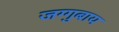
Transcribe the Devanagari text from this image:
जग्गुबाय